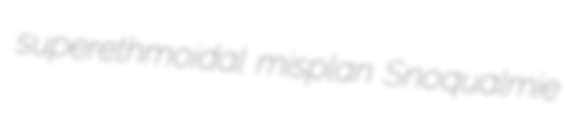
superethmoidal misplan Snoqualmie